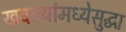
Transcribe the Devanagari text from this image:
खवल्यांमध्येसुद्धा